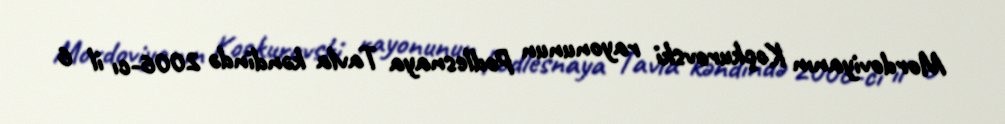
Mordoviyanın Koçkurovski rayonunun Podlesnaya Tavla kəndində 2006-cı il 6